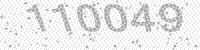
Solution: 110049